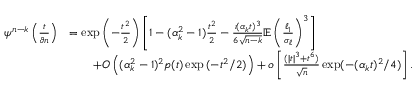
\begin{array} { r l } { \psi ^ { n - k } \left( \frac { t } { \vartheta n } \right) } & { = \exp \left( - \frac { t ^ { 2 } } { 2 } \right) \left[ 1 - ( \alpha _ { k } ^ { 2 } - 1 ) \frac { t ^ { 2 } } { 2 } - \frac { \iota ( \alpha _ { k } t ) ^ { 3 } } { 6 \sqrt { n - k } } \mathbb { E } \left( \frac { \ell _ { 1 } } { \sigma _ { \ell } } \right) ^ { 3 } \right] } \\ & { \qquad + O \left( ( \alpha _ { k } ^ { 2 } - 1 ) ^ { 2 } p ( t ) \exp { ( - t ^ { 2 } / 2 ) } \right) + o \left[ \frac { ( | t | ^ { 3 } + t ^ { 6 } ) } { \sqrt { n } } \exp ( - ( \alpha _ { k } t ) ^ { 2 } / 4 ) \right] . } \end{array}